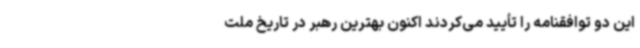
این دو توافقنامه را تأیید می‌کردند اکنون بهترین رهبر در تاریخ ملت